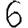
Digit: 6